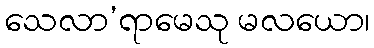
သေလာ’ရာမေသု မလယော၊